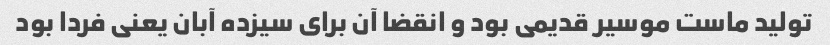
تولید ماست موسیر قدیمی بود و انقضا آن برای سیزده آبان یعنی فردا بود